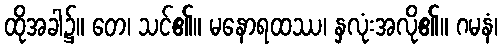
ထိုအခါ၌။ တေ၊ သင်၏။ မနောရထဿ၊ နှလုံးအလို၏။ ဂမနံ၊